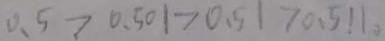
0 . 5 > 0 . 5 0 1 > 0 . 5 1 > 0 . 5 1 1 。